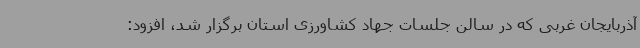
آذربایجان غربی که در سالن جلسات جهاد کشاورزی استان برگزار شد، افزود: